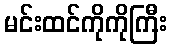
မင်းထင်ကိုကိုကြီး